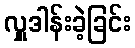
လှူဒါန်းခဲ့ခြင်း